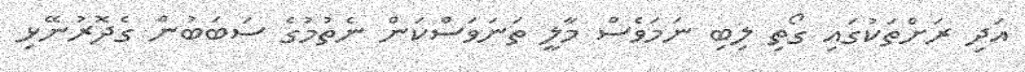
އަދި ރަށްތަކުގައި ގޯތި ލިބި ނަމަވެސް މާލީ ތަނަވަސްކަން ނެތުމުގެ ސަބަބުން ގެދޮރުނޭޅި